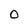
Character: O